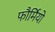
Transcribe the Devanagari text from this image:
फौर्मियो